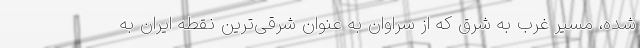
شده، مسیر غرب به شرق که از سراوان به عنوان شرقی‌ترین نقطه ایران به